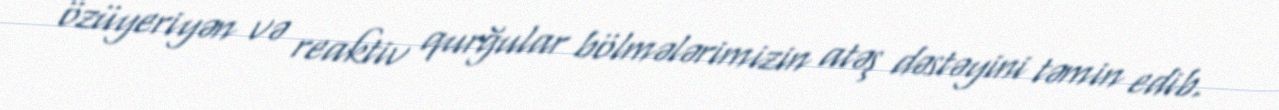
özüyeriyən və reaktiv qurğular bölmələrimizin atəş dəstəyini təmin edib.